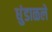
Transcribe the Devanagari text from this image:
धुंडाळले